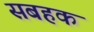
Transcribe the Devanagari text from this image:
सबहक